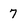
Character: 7